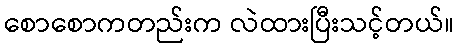
စောစောကတည်းက လဲထားပြီးသင့်တယ်။